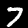
Label: 7